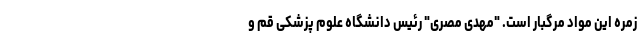
زمره این مواد مرگبار است. "مهدی مصری" رئیس دانشگاه علوم پزشکی قم و